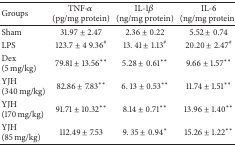
<table><thead><tr><td><b>Groups</b></td><td><b>TNF-<i>α</i> (pg/mg protein)</b></td><td><b>IL-1<i>β</i> (ng/mg protein)</b></td><td><b>IL-6(ng/mg protein)</b></td></tr></thead><tbody><tr><td>Sham</td><td>31.97 ± 2.47 </td><td>2.36 ± 0.22</td><td>5.52 ± 0.74</td></tr><tr><td>LPS</td><td>123.7 ± 4 9.36<sup>#</sup></td><td>13. 41 ± 1.13<sup>#</sup></td><td>20.20 ± 2.47<sup>#</sup></td></tr><tr><td>Dex (5 mg/kg)</td><td>79.81 ± 13.56<sup>**</sup></td><td>5.28 ± 0.61<sup>**</sup></td><td>9.66 ± 1.57<sup>**</sup></td></tr><tr><td>YJH (340 mg/kg)</td><td>82.86 ± 7.83<sup>**</sup></td><td>6. 13 ± 0.53<sup>**</sup></td><td>11.74 ± 1.51<sup>**</sup></td></tr><tr><td>YJH (170 mg/kg)</td><td>91.71 ± 10.32<sup>**</sup></td><td>8.14 ± 0.71<sup>**</sup></td><td>13.96 ± 1.40<sup>**</sup></td></tr><tr><td>YJH (85 mg/kg)</td><td>112.49 ± 7.53</td><td>9. 35 ± 0.94<sup>*</sup></td><td>15.26 ± 1.22<sup>**</sup></td></tr></tbody></table>